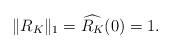
LaTeX: \begin{align*}\|R_K\|_1 = \widehat{R_K}(0) = 1.\end{align*}